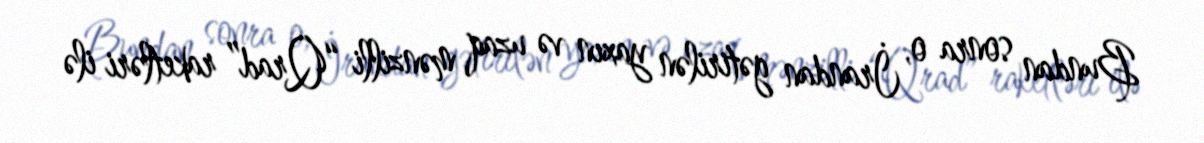
Bundan sonra o, İrandan gətirilən yaxın və uzaq mənzilli “Qrad” raketləri ilə